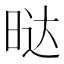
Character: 𭦆